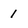
Character: 1